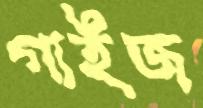
গাইজ